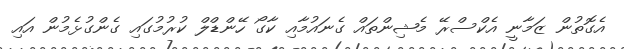
އެގޮތުން ޒަމާނީ އެކްސްރޭ މެޝިންތައް ގެނައުމާއި ކާގޯ ހޭންޑްލް ކުރުމުގައި ގެންގުޅެމުން އައި